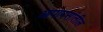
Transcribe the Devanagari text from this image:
आपापसांतील